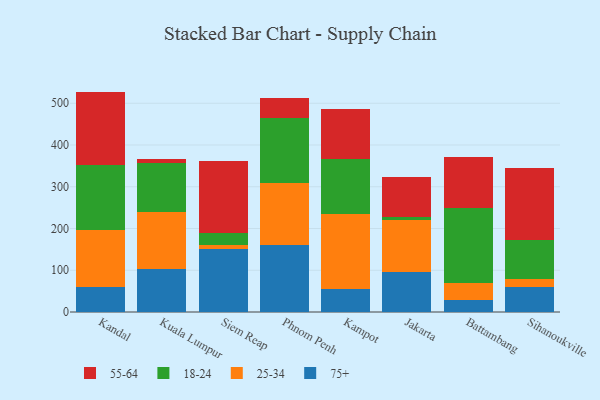
{"axis": {"x": "City", "y": "Market Share (%)"}, "legend": ["18-24", "25-34", "55-64", "75+"], "data": [{"x": "Kandal", "y": 60.5, "type": "75+"}, {"x": "Kandal", "y": 135.6, "type": "25-34"}, {"x": "Kandal", "y": 156.6, "type": "18-24"}, {"x": "Kandal", "y": 175.2, "type": "55-64"}, {"x": "Kuala Lumpur", "y": 103.9, "type": "75+"}, {"x": "Kuala Lumpur", "y": 136.8, "type": "25-34"}, {"x": "Kuala Lumpur", "y": 115.6, "type": "18-24"}, {"x": "Kuala Lumpur", "y": 10.9, "type": "55-64"}, {"x": "Siem Reap", "y": 149.8, "type": "75+"}, {"x": "Siem Reap", "y": 11.4, "type": "25-34"}, {"x": "Siem Reap", "y": 28.5, "type": "18-24"}, {"x": "Siem Reap", "y": 172.8, "type": "55-64"}, {"x": "Phnom Penh", "y": 161.6, "type": "75+"}, {"x": "Phnom Penh", "y": 146.9, "type": "25-34"}, {"x": "Phnom Penh", "y": 155.3, "type": "18-24"}, {"x": "Phnom Penh", "y": 48.7, "type": "55-64"}, {"x": "Kampot", "y": 55.4, "type": "75+"}, {"x": "Kampot", "y": 179.2, "type": "25-34"}, {"x": "Kampot", "y": 130.9, "type": "18-24"}, {"x": "Kampot", "y": 120.1, "type": "55-64"}, {"x": "Jakarta", "y": 96.8, "type": "75+"}, {"x": "Jakarta", "y": 123.4, "type": "25-34"}, {"x": "Jakarta", "y": 7.6, "type": "18-24"}, {"x": "Jakarta", "y": 94.5, "type": "55-64"}, {"x": "Battambang", "y": 28.9, "type": "75+"}, {"x": "Battambang", "y": 40.9, "type": "25-34"}, {"x": "Battambang", "y": 178.4, "type": "18-24"}, {"x": "Battambang", "y": 121.9, "type": "55-64"}, {"x": "Sihanoukville", "y": 60.9, "type": "75+"}, {"x": "Sihanoukville", "y": 19.1, "type": "25-34"}, {"x": "Sihanoukville", "y": 93.3, "type": "18-24"}, {"x": "Sihanoukville", "y": 171.8, "type": "55-64"}]}